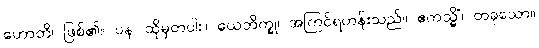
ဟောတိ၊ ဖြစ်၏။ ပန၊ ထိုမှတပါး။ ယေဘိက္ခု၊ အကြင်ရဟန်းသည်။ ဧကသ္မိံ၊ တခုသော။